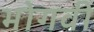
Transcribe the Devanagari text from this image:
भोगवी